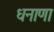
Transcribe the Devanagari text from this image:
धनाणा